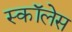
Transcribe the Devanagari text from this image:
स्कॉलेस